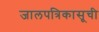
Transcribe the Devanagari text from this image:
जालपत्रिकासूची